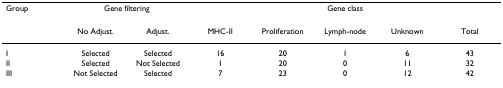
<table><thead><tr><td><b>Group</b></td><td colspan="2"><b>Gene filtering</b></td><td colspan="5"><b>Gene class</b></td></tr><tr><td></td><td><b>No Adjust.</b></td><td><b>Adjust.</b></td><td><b>MHC-II</b></td><td><b>Proliferation</b></td><td><b>Lymph-node</b></td><td><b>Unknown</b></td><td><b>Total</b></td></tr></thead><tbody><tr><td>I</td><td>Selected</td><td>Selected</td><td>16</td><td>20</td><td>1</td><td>6</td><td>43</td></tr><tr><td>II</td><td>Selected</td><td>Not Selected</td><td>1</td><td>20</td><td>0</td><td>11</td><td>32</td></tr><tr><td>III</td><td>Not Selected</td><td>Selected</td><td>7</td><td>23</td><td>0</td><td>12</td><td>42</td></tr></tbody></table>